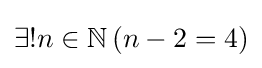
\exists !n\in \mathbb {N} \,(n-2=4)